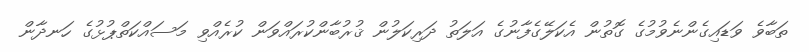
ތަބާވެ ވަޑައިގެންނެވުމުގެ ގޮތުން އެކަލޭގެފާނުގެ އަލަތު ދަރިކަލުން ޤުރުބާންކުރައްވަން ކުރެއްވި މަސައްކަތްޕުޅުގެ ހަނދާން